system: You are a helpful assistant.
user:
Analyze the provided spectrum to determine if it is a **S-type Star**.

- **Key Indicators for S-type Star:**

    - **(Overall Spectrum Shape):** The first and most obvious characteristic is the overall continuum (the "baseline" shape). It is **extremely "red-sloping,"** meaning the flux (light intensity) is very low on the left side (blue, ~4000-4500 Å) and rises steeply and continuously toward the right side (red, ~7000 Å+).

    - **(Primary):** The spectrum is defined by the presence of strong, broad molecular absorption "valleys" (bands) from **Zirconium Oxide (ZrO)**. The identification of these bands is the **primary requirement** for classifying a star as S-type.
        - **(Key Bandheads):** You must find distinct, deep "dips" where the light has been absorbed. The most critical band systems to locate are:
            - **~6474 Å** ($\gamma$-system): This is often the strongest and clearest ZrO feature, found in the red part of the spectrum.
            - **~5718 Å** & **~5551 Å** ($\beta$-system): A pair of prominent absorption features in the yellow-orange part of the spectrum.
            - **~4640 Å** ($\alpha$-system): A key absorption band system in the blue-green region of the spectrum.

    - **(Secondary Confirmation):** The classification is strengthened by finding additional absorption bands from other related heavy element oxides, which are expected to be present alongside ZrO.
        - **(Key Bandheads):**
            - **Yttrium Oxide (YO):** Look for absorption dips near **~4800 Å** and **~6100 Å**.
            - **Lanthanum Oxide (LaO):** Additional absorption features, particularly in the red-orange part of the spectrum, are also characteristic.

    - **(Line Profile):** The combination of the steep red continuum and these numerous, deep molecular bands (ZrO, YO, etc.) gives the entire spectrum a very **"chopped-up"** or **"bumpy"** appearance. Instead of a smooth curve, the spectrum looks as though large, wide chunks of light have been "carved out" of it at the specific wavelengths listed above.

Think first, call **spectral_visualization_tool** if needed to examine features in detail, then provide your final answer. Your response must adhere to the following strict rules:
1.  **Overall Structure:** Your response must follow the format `<think>...</think> <tool_call>...</tool_call> (if a tool is used) <answer>...</answer>`.
2.  **Tool Usage Constraint:** You may only make **one** tool call per turn.
3.  **Final Answer Format:** In the `<answer>` tag, your conclusion must be inside a `\boxed{}` command (e.g., `\boxed{YES}` or `\boxed{NO}`), followed by your justification.

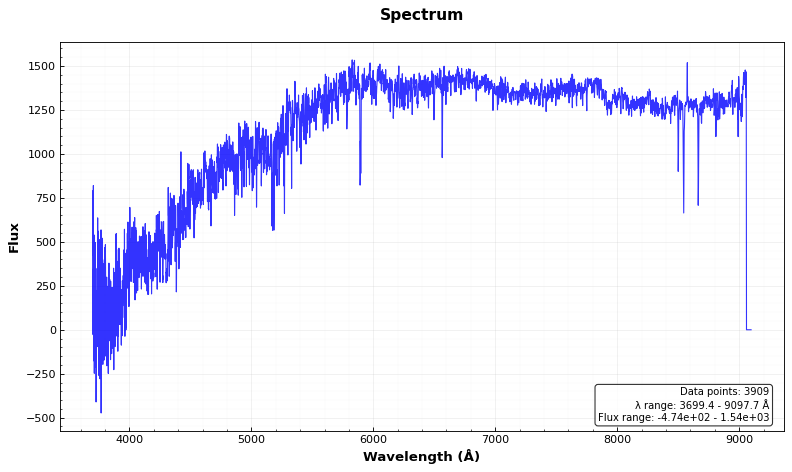
Answer: NO